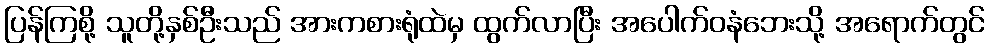
ပြန်ကြစို့ သူတို့နှစ်ဦးသည် အားကစားရုံထဲမှ ထွက်လာပြီး အပေါက်ဝနံဘေးသို့ အရောက်တွင်